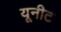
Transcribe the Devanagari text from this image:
यूनीट